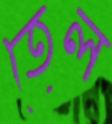
তেল